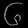
Digit: ၆